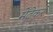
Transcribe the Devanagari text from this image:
मेंढेकर